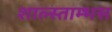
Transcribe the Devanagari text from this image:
शाल्स्ताम्भस